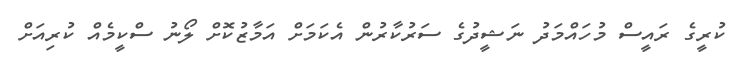
ކުރީގެ ރައީސް މުހައްމަދު ނަޝީދުގެ ސަރުކާރުން އެކަމަށް އަމާޒުކޮށް ލޯނު ސްކީމެއް ކުރިއަށް